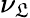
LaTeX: \nu_{\mathfrak{L}}